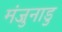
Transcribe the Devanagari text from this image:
मंजुनाडु